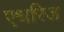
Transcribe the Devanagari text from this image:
एथरिज